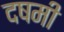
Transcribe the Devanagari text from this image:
दषमी